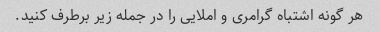
هر گونه اشتباه گرامری و املایی را در جمله زیر برطرف کنید.